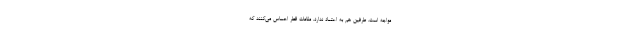
مواجه است. طرفین هم به اعتماد ندارد. مقامات قطر احساس می‌کنند که